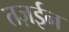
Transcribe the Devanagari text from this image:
तज़ईन